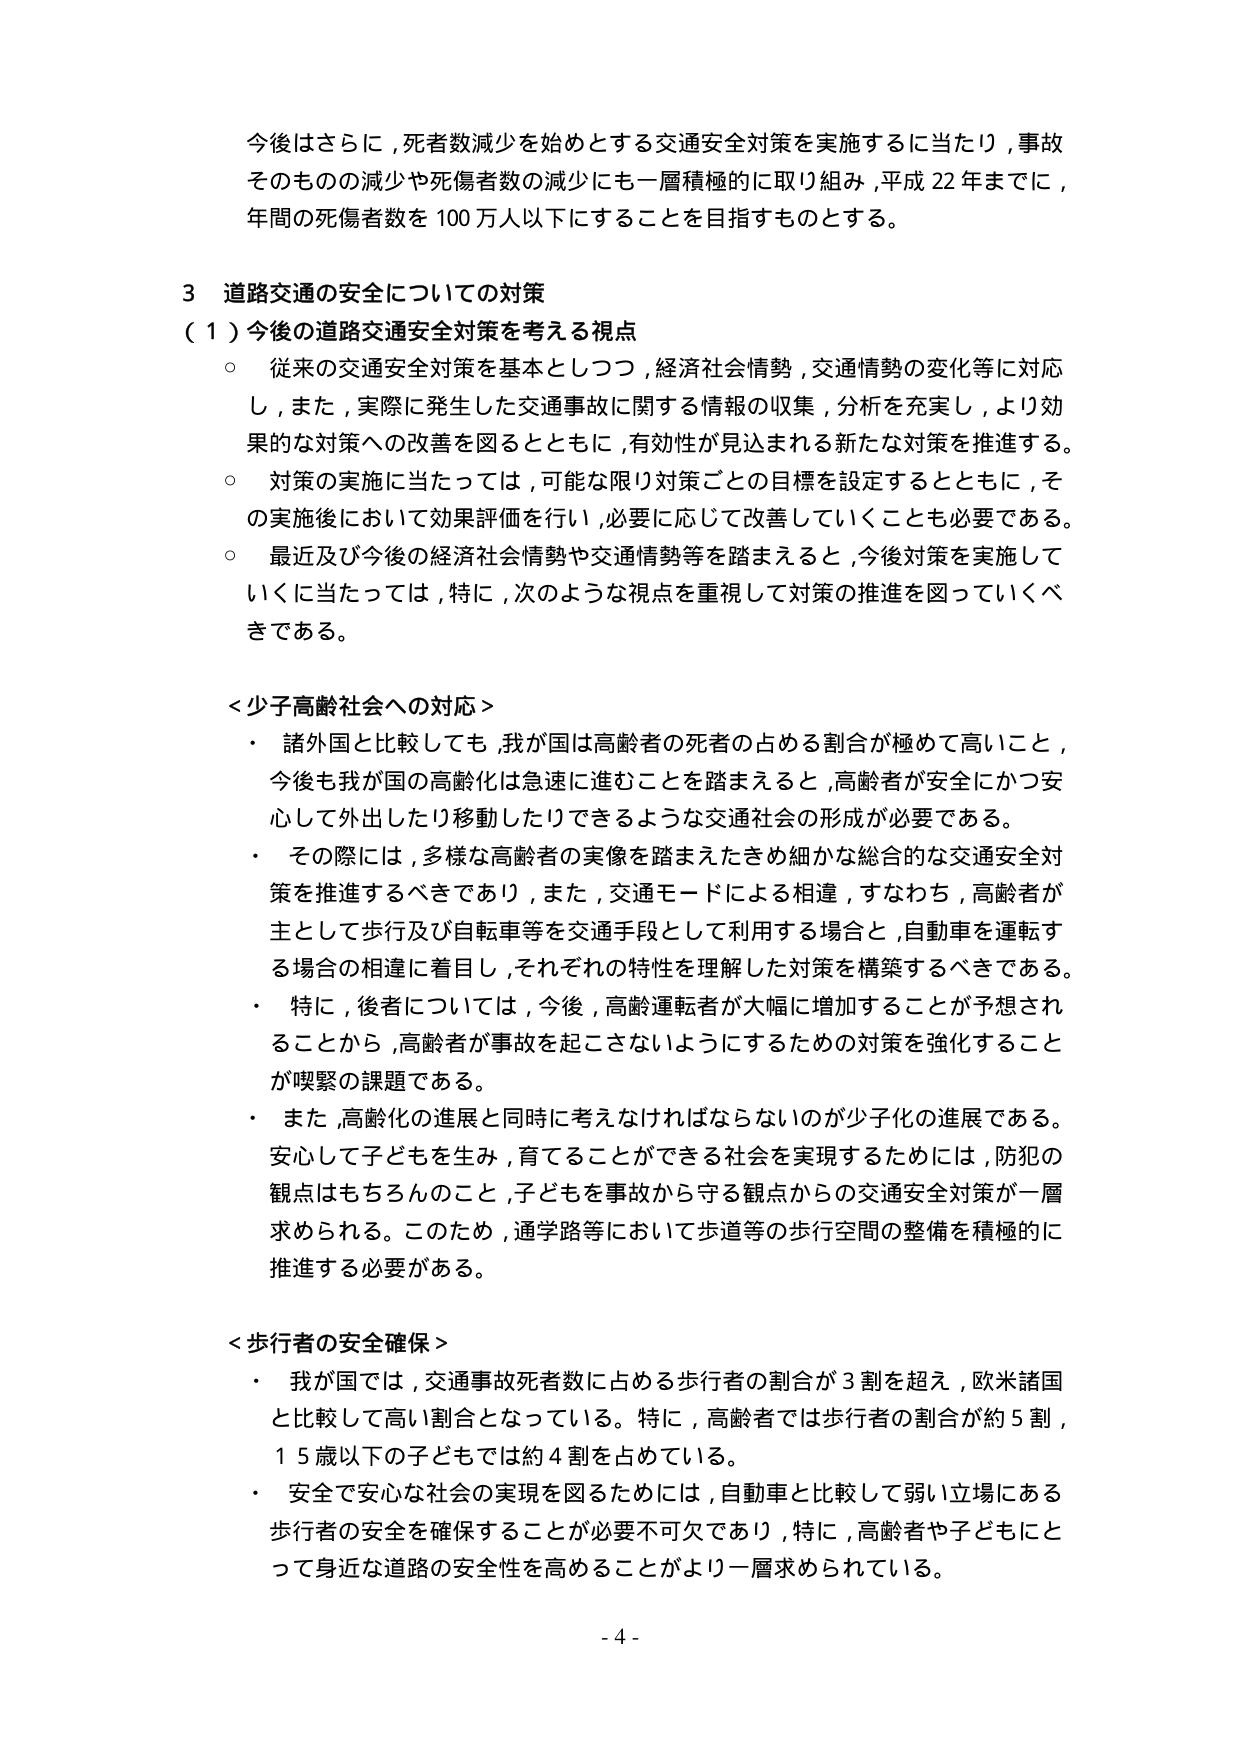
今後はさらに，死者数減少を始めとする交通安全対策を実施するに当たり，事故そのものの減少や死傷者数の減少にも一層積極的に取り組み，平成22年までに，年間の死傷者数を100万人以下にすることを目指すものとする。

3 道路交通の安全についての対策
（1）今後の道路交通安全対策を考える視点
○ 従来の交通安全対策を基本としつつ，経済社会情勢，交通情勢の変化等に対応し，また，実際に発生した交通事故に関する情報の収集，分析を充実し，より効果的な対策への改善を図るとともに，有効性が見込まれる新たな対策を推進する。
○ 対策の実施に当たっては，可能な限り対策ごとの目標を設定するとともに，その実施後において効果評価を行い，必要に応じて改善していくことも必要である。
○ 最近及び今後の経済社会情勢や交通情勢等を踏まえると，今後対策を実施していくに当たっては，特に，次のような視点を重視して対策の推進を図っていくべきである。

＜少子高齢社会への対応＞
・ 諸外国と比較しても，我が国は高齢者の死者の占める割合が極めて高いこと，今後も我が国の高齢化は急速に進むことを踏まえると，高齢者が安全にかつ安心して外出したり移動したりできるような交通社会の形成が必要である。
・ その際には，多様な高齢者の実像を踏まえたきめ細かな総合的な交通安全対策を推進するべきであり，また，交通モードによる相違，すなわち，高齢者が主として歩行及び自転車等を交通手段として利用する場合と，自動車を運転する場合の相違に着目し，それぞれの特性を理解した対策を構築するべきである。
・ 特に，後者については，今後，高齢運転者が大幅に増加することが予想されることから，高齢者が事故を起こさないようにするための対策を強化することが喫緊の課題である。
・ また，高齢化の進展と同時に考えなければならないのが少子化の進展である。安心して子どもを生み，育てることができる社会を実現するためには，防犯の観点はもちろんのこと，子どもを事故から守る観点からの交通安全対策が一層求められる。このため，通学路等において歩道等の歩行空間の整備を積極的に推進する必要がある。

＜歩行者の安全確保＞
・ 我が国では，交通事故死者数に占める歩行者の割合が3割を超え，欧米諸国と比較して高い割合となっている。特に，高齢者では歩行者の割合が約5割，15歳以下の子どもでは約4割を占めている。
・ 安全で安心な社会の実現を図るためには，自動車と比較して弱い立場にある歩行者の安全を確保することが必要不可欠であり，特に，高齢者や子どもにとって身近な道路の安全性を高めることがより一層求められている。

- 4 -